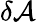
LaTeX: \delta\mathcal{A}